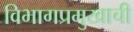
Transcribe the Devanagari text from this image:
विभागप्रमुखाची